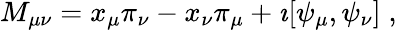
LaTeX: M_{\mu\nu}=x_{\mu}\pi_{\nu}-x_{\nu}\pi_{\mu}+\imath[\psi_{\mu},\psi_{\nu}]\; ,